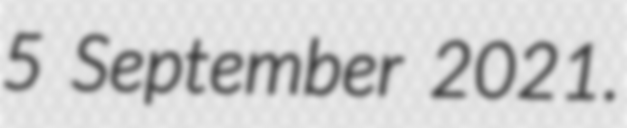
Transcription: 5 September 2021.